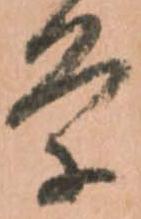
条